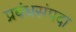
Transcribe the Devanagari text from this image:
प्रबंधसंपदा